Regulations for the medical services of the Army of India
Year: 1930
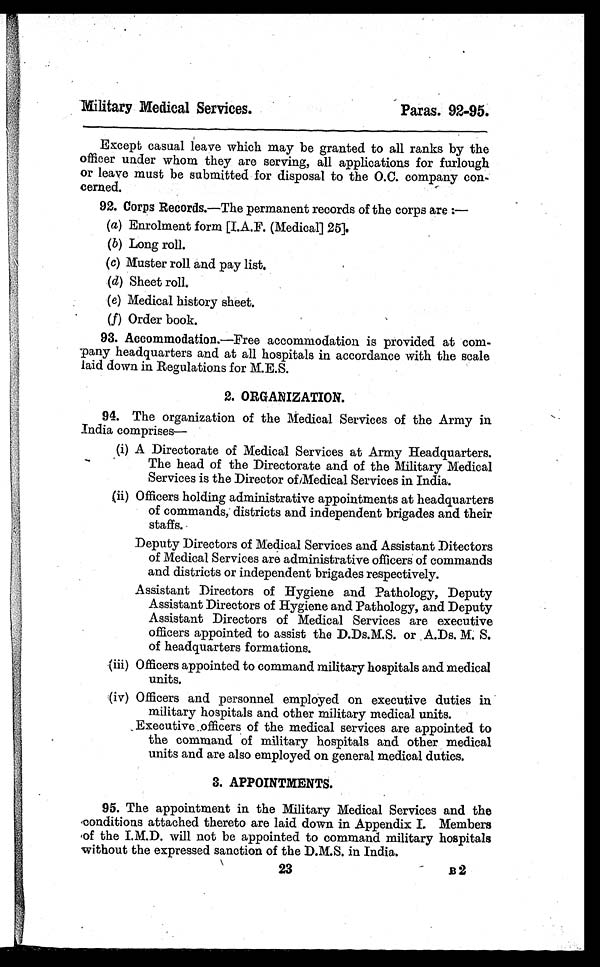
Military Medical Services.
Paras. 92-95.
Except casual leave which may be granted to all ranks by the
officer under whom they are serving, all applications for furlough
or leave must be submitted for disposal to the O.C. company con-
cerned.
92. Corps Records.—The permanent records of the corps are :
—
(a) Enrolment form [I.A.F. (Medical] 25].
(b) Long roll.
(c) Muster roll and pay list.
(d) Sheet roll.
(e) Medical history sheet.
(f) Order book.
93. Accommodation.—Free accommodation is provided at com-
pany headquarters and at all hospitals in accordance with the scale
laid down in Regulations for M.E.S.
2. ORGANIZATION.
94. The organization of the Medical Services of the Army in
India comprises
—
(i) A Directorate of Medical Services at Army Headquarters.
The head of the Directorate and of the Military Medical
Services is the Director of/Medical Services in India.
(ii) Officers holding administrative appointments at headquarters
of commands, districts and independent brigades and their
staffs.
Deputy Directors of Medical Services and Assistant Ditectors
of Medical Services are administrative officers of commands
and districts or independent brigades respectively.
Assistant Directors of Hygiene and Pathology, Deputy
Assistant Directors of Hygiene and Pathology, and Deputy
Assistant Directors of Medical Services are executive
officers appointed to assist the D.Ds.M.S. or A.Ds. M. S.
of headquarters formations.
(iii) Officers appointed to command military hospitals and medical
units.
(iv) Officers and personnel employed on executive duties in
military hospitals and other military medical units.
Executive officers of the medical services are appointed to
the command of military hospitals and other medical
units and are also employed on general medical duties.
3. APPOINTMENTS.
95. The appointment in the Military Medical Services and the
conditions attached thereto are laid down in Appendix I. Members
of the I.M.D. will not be appointed to command military hospitals
without the expressed sanction of the D.M.S. in India.
23
B 2